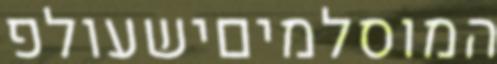
המוסלמיםישעולפ